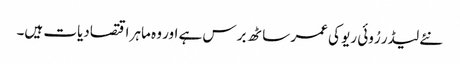
نئے لیڈر رُوئی ریو کی عمر ساٹھ برس ہے اور وہ ماہر اقتصادیات ہیں۔